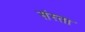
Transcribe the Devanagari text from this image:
संस्ता